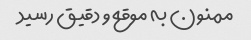
ممنون به موقع و دقیق رسید